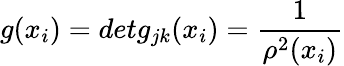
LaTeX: g(x_{i})=detg_{jk}(x_{i})=\frac{1}{\rho^{2}(x_{i})}